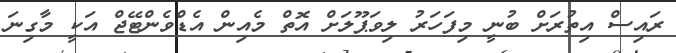
ރައިސް އިތުރަށް ބުނީ މިފަހަރު ލިވަޕޫލަށް އޮތް މެއިން އެޑްވެންޓޭޖް އަކީ މާގިނަ